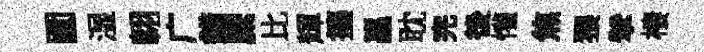
圎湿翺广錯縻比輝擡邕耽完後懽焦猥擘棲